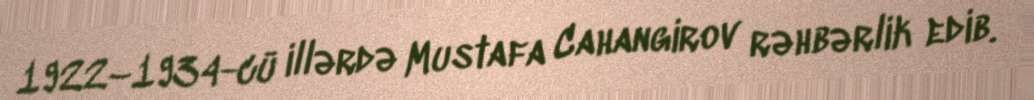
1922–1934-cü illərdə Mustafa Cahangirov rəhbərlik edib.